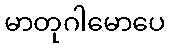
မာတုဂါမောပေ